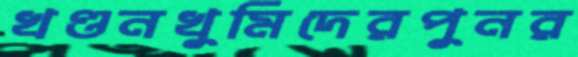
খণ্ডনখুমিদেরপুনর